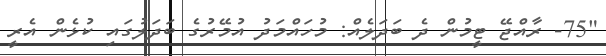
"75- ރާއްޖޭ ޓީމުން ދެ ބަދަލެއް: މުހައްމަދު އުމޭރުގެ ބަދަލުގައި ކުޅެން އެރީ